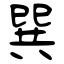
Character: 巽